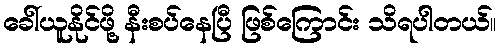
ခေါ်ယူနိုင်ဖို့ နီးစပ်နေပြီ ဖြစ်ကြောင်း သိရပါတယ်။